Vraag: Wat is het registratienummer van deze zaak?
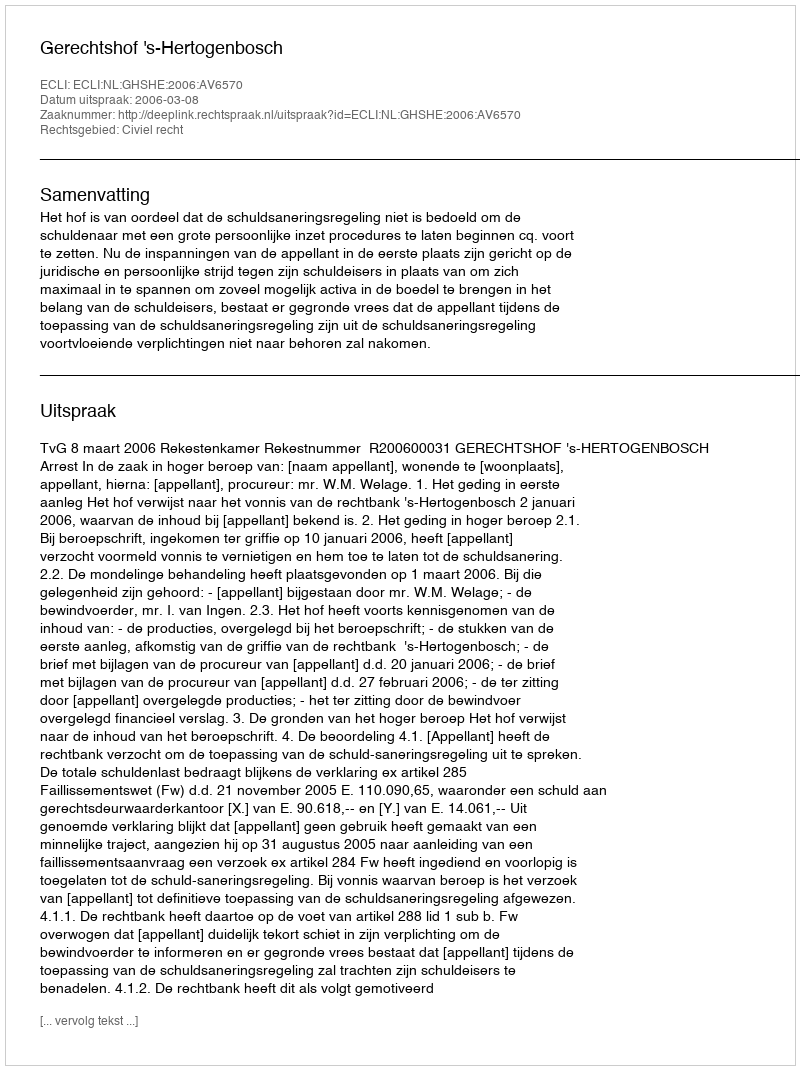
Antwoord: http://deeplink.rechtspraak.nl/uitspraak?id=ECLI:NL:GHSHE:2006:AV6570